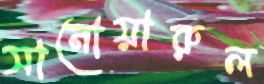
সানোয়ারুল